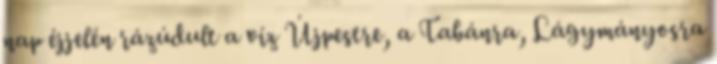
nap éjjelén rázúdult a víz Újpestre, a Tabánra, Lágymányosra